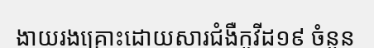
ងាយរងគ្រោះដោយសារជំងឺកូវីដ១៩ ចំនួន